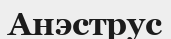
Анэструс